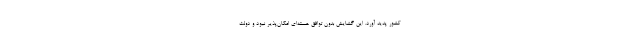
کشور پدید آورد. این گشایش بدون توافق هسته‌ای امکان‌پذیر نبود و دولت